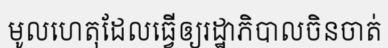
មូលហេតុដែលធ្វើឲ្យរដ្ឋាភិបាលចិនចាត់